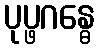
ပုပ္ဖဂန္ဓေ